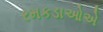
રમકડાઓએ